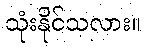
သုံးနိုင်သလား။